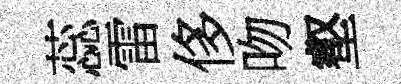
蕊雷侈吻壑